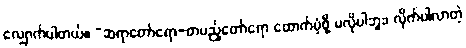
လျှောက်ပါတယ်။ “ဆရာတော်ရော-တပည့်တော်ရော ထောက်ပံ့ဖို့ မလိုပါဘူး၊ လိုက်ပါလာတဲ့